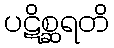
ပဋိစ္ဆရတိ